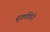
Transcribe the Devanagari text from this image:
सुवर्णगिरी